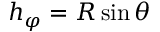
h _ { \varphi } = R \sin \theta